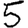
Digit: 5